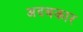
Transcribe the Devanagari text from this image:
अदबकार